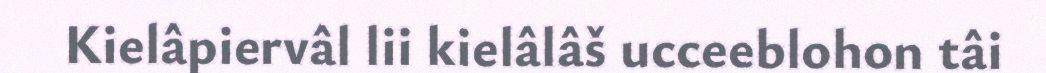
Kielâpiervâl lii kielâlâš ucceeblohon tâi